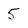
Character: 5